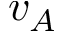
v _ { A }